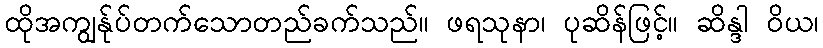
ထိုအကျွန်ုပ်တက်သောတည်ခက်သည်။ ဖရသုနာ၊ ပုဆိန်ဖြင့်။ ဆိန္ဒါ ဝိယ၊